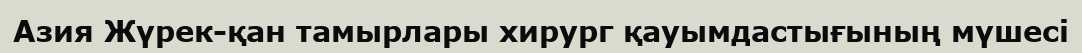
Азия Жүрек-қан тамырлары хирург қауымдастығының мүшесі